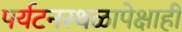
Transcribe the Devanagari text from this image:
पर्यटनस्थळापेक्षाही